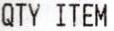
QTY ITEM